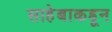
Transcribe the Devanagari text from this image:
साहेबाकडून